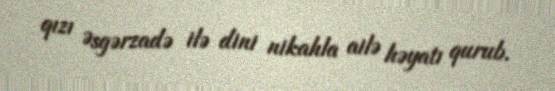
qızı Əsgərzadə ilə dini nikahla ailə həyatı qurub.